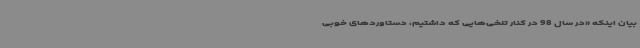
بیان اینکه «در سال 98 در کنار تلخی‌هایی که داشتیم، دستاوردهای خوبی